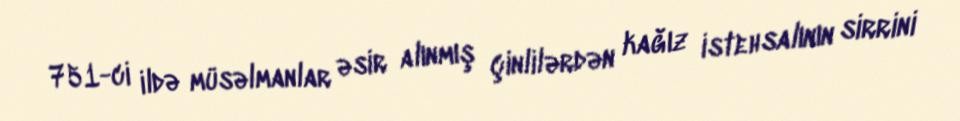
751-ci ildə müsəlmanlar əsir alınmış çinlilərdən kağız istehsalının sirrini